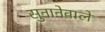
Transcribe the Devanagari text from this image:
सुनानेवाले